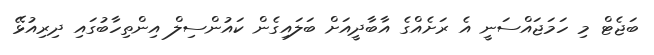
ބަޖެޓް މި ހަމަޖައްސަނީ އެ ރަށެއްގެ އާބާދީއަށް ބަލައިގެން ކައުންސިލް އިންތިހާބުގައި ދިރިއުޅޭ